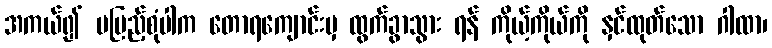
အကယ်၍ မပြည့်စုံပါက တောရကျောင်းမှ ထွက်ခွာသွား ရန် ကိုယ့်ကိုယ်ကို နှင်ထုတ်သော ဂါထာ၊